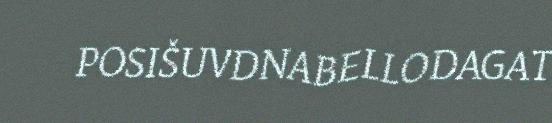
POSIŠUVDNABELLODAGAT